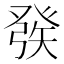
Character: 𤼵